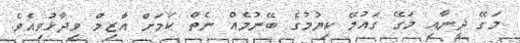
މަގޭ ދީނާއި މަގޭ ގައުމޭ ކިޔުމުގެ ބޭނުމެއް ނެތް ކަމަށް އާޒިމް ވިދާޅުވިއެވެ.